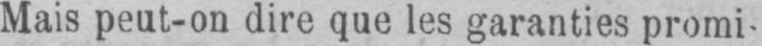
Mais peut-on dire que les garanties promi-